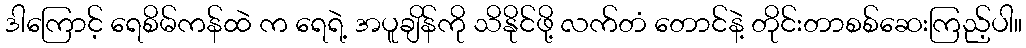
ဒါကြောင့် ရေစိမ်ကန်ထဲ က ရေရဲ့ အပူချိန်ကို သိနိုင်ဖို့ လက်တံ တောင်နဲ့ တိုင်းတာစစ်ဆေးကြည့်ပါ။